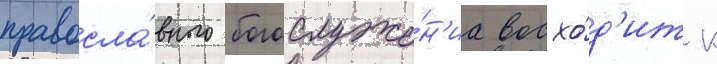
правосла́вного богослуже́н'иа восхо́д'ит к